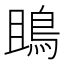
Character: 鴡